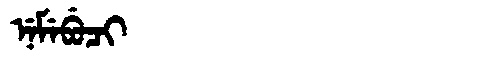
Manchu: ᠨᡝᠮᡝᠪᡠᠴᡳ
Romanization: NEMEBUCI